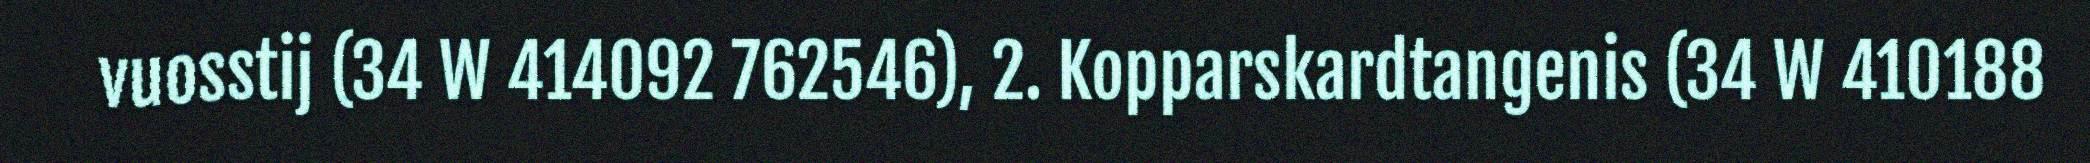
vuosstij (34 W 414092 762546), 2. Kopparskardtangenis (34 W 410188